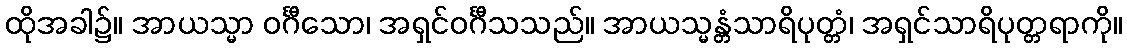
ထိုအခါ၌။ အာယသ္မာ ဝင်္ဂီသော၊ အရှင်ဝင်္ဂီသသည်။ အာယသ္မန္တံသာရိပုတ္တံ၊ အရှင်သာရိပုတ္တရာကို။